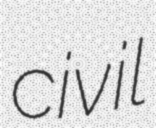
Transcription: civil